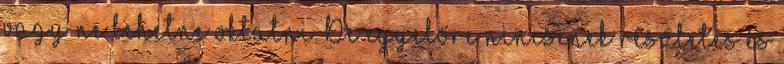
vagy ne lehetne oktatni. De egyelőre nincsenek részletes és